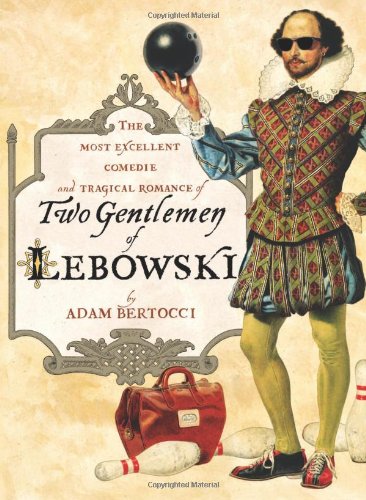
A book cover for Two Gentlemen of Lebowski: A Most Excellent Comedie and Tragical Romance; Adam Bertocci; Humor & Entertainment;